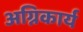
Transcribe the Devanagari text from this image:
अग्निकार्य